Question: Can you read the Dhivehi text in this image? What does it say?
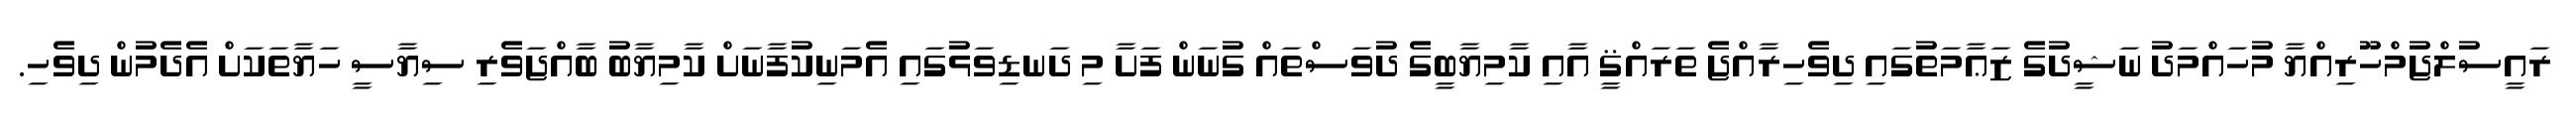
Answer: ރައީސުލްޖުމްހޫރިއްޔާ މުހައްމަދު ނަޝީދުގެ ޒަޢާމަތުގައި ދިވެހިރާއްޖެ ތަރައްޤީ އާއި ކާމިޔާބީގެ ދުވަސްތައް ގުނަން ފަށާ މި ދަނޑިވަޅުގައި އެމަނިކުފާނަށް ކާމިޔާބު ބާއްޖަވެރި ސިޔާސީ ހަޔާތަކަށް އެދެމުން ދިވެހި.